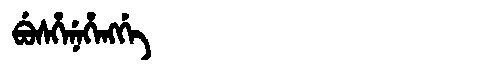
Manchu: ᠪᡠᠰᡥᡝᠨᡝᡥᡝᠩᡤᡝ
Romanization: BUSHENEHENGGE